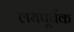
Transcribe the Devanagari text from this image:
लयपूर्वक